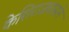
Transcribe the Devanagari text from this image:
केशिराजबासाने